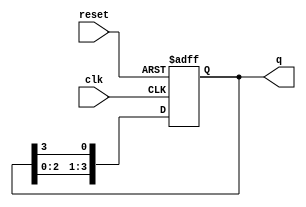
module bistable_ring_counter #(
    parameter N = 4 // Number of flip-flops
)(
    input wire clk,    // Clock input
    input wire reset,  // Asynchronous reset input
    output reg [N-1:0] q // Output state of the counter
);

// Initial state
initial begin
    q = 1'b1; // Start with the first flip-flop set to '1'
end

// Always block for state transition
always @(posedge clk or posedge reset) begin
    if (reset) begin
        q <= 1'b1; // Reset to initial state
    end else begin
        q <= {q[N-2:0], q[N-1]}; // Shift the '1' to the right
    end
end

endmodule